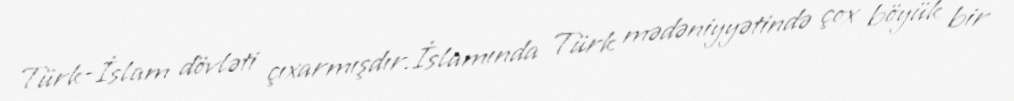
Türk-İslam dövləti çıxarmışdır.İslamında Türk mədəniyyətində çox böyük bir